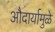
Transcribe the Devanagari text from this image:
औदार्यामुळे